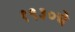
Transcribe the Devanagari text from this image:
१९३०चे